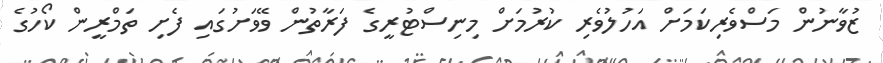
ޒުވާނުން މަސްވެރިކަމަށް އަހުލުވެރި ކުރުމަށް މިނިސްޓުރީގެ ފަރާތުން ވޭވަށުގައި ފެށި ތަމްރީން ކޯހުގެ